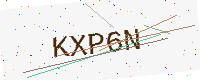
Text: KXP6N